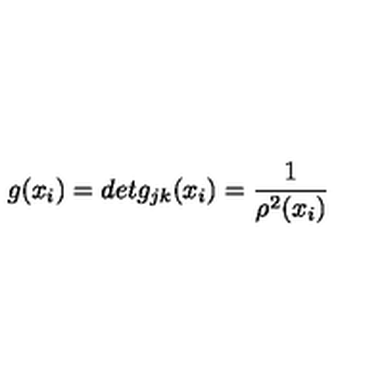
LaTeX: g ( x _ { i } ) = d e t g _ { j k } ( x _ { i } ) = \frac { 1 } { \rho ^ { 2 } ( x _ { i } ) }